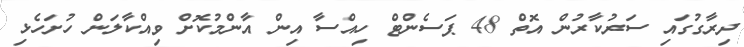
ދިރާގުގައި ސަރުކާރުން އޮތް 48 ޕަސެންޓް ހިއްސާ އިން އާންމުކޮށް ވިއްކާލަން ހުށަހެޅި